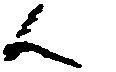
ん